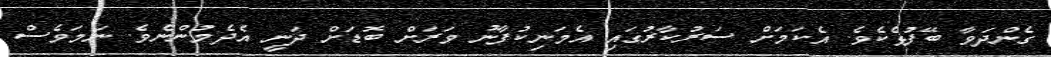
ގެންދަވާ ބޭފުޅެކެވެ. އެކަމަށް ސަރުކާރުގައި އެމަނިކުފާނު ވަރަށް ބޮޑަށް ދަނީ އެދެމުންނެވެ. ނަމަވެސް